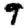
Digit: 9